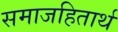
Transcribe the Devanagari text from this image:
समाजहितार्थ